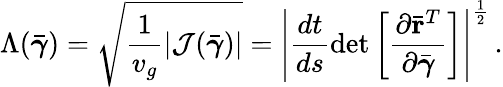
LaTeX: \Lambda(\bar{\boldsymbol{\gamma}})=\sqrt{\frac{1}{v_{g}}|{\cal J}(\bar{\boldsymbol{\gamma}})|}=\left|\frac{dt}{ds}\operatorname*{det}\left[\frac{\partial\bar{\mathbf r}^{T}}{\partial\bar{\boldsymbol{\gamma}}}\right]\right|^{\frac{1}{2}}\, .